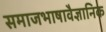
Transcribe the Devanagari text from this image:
समाजभाषावैज्ञानिक